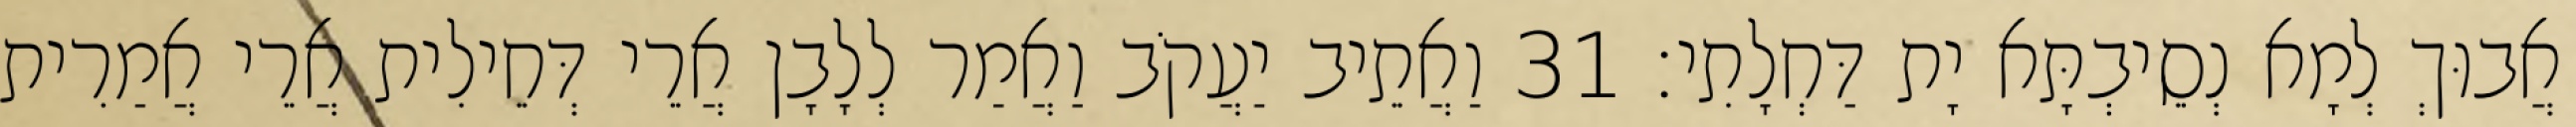
אֲבוּךְ לְמָא נְסֵיבְתָּא יָת דַּחְלָתִי׃ 31 וַאֲתֵיב יַעֲקֹב וַאֲמַר לְלָבָן אֲרֵי דְּחֵילִית אֲרֵי אֲמַרִית